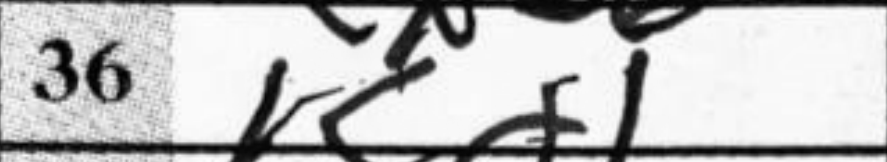
Transcription: Kd1